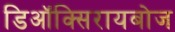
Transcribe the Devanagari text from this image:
डिऑक्सिरायबोज